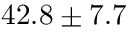
4 2 . 8 \pm 7 . 7